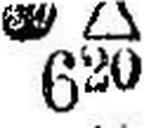
### □ 620